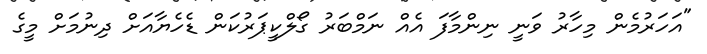
"އަހަރުމެން މިހާރު ވަނީ ނިންމާފަ އެއް ނަމްބަރު ގޯލްކީޕަރުކަން ޑެހެޔާއަށް ދިނުމަށް މީގެ